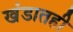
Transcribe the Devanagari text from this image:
खंडातही